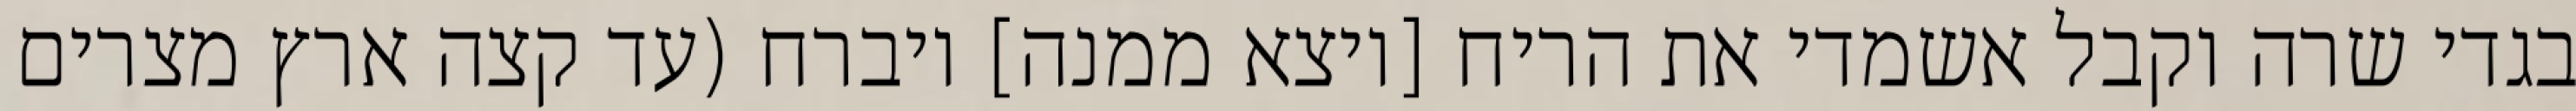
בגדי שרה וקבל אשמדי את הריח [ויצא ממנה] ויברח (עד קצה ארץ מצרים